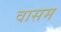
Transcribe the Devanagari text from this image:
वासम